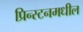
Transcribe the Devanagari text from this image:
प्रिन्स्टनमधील